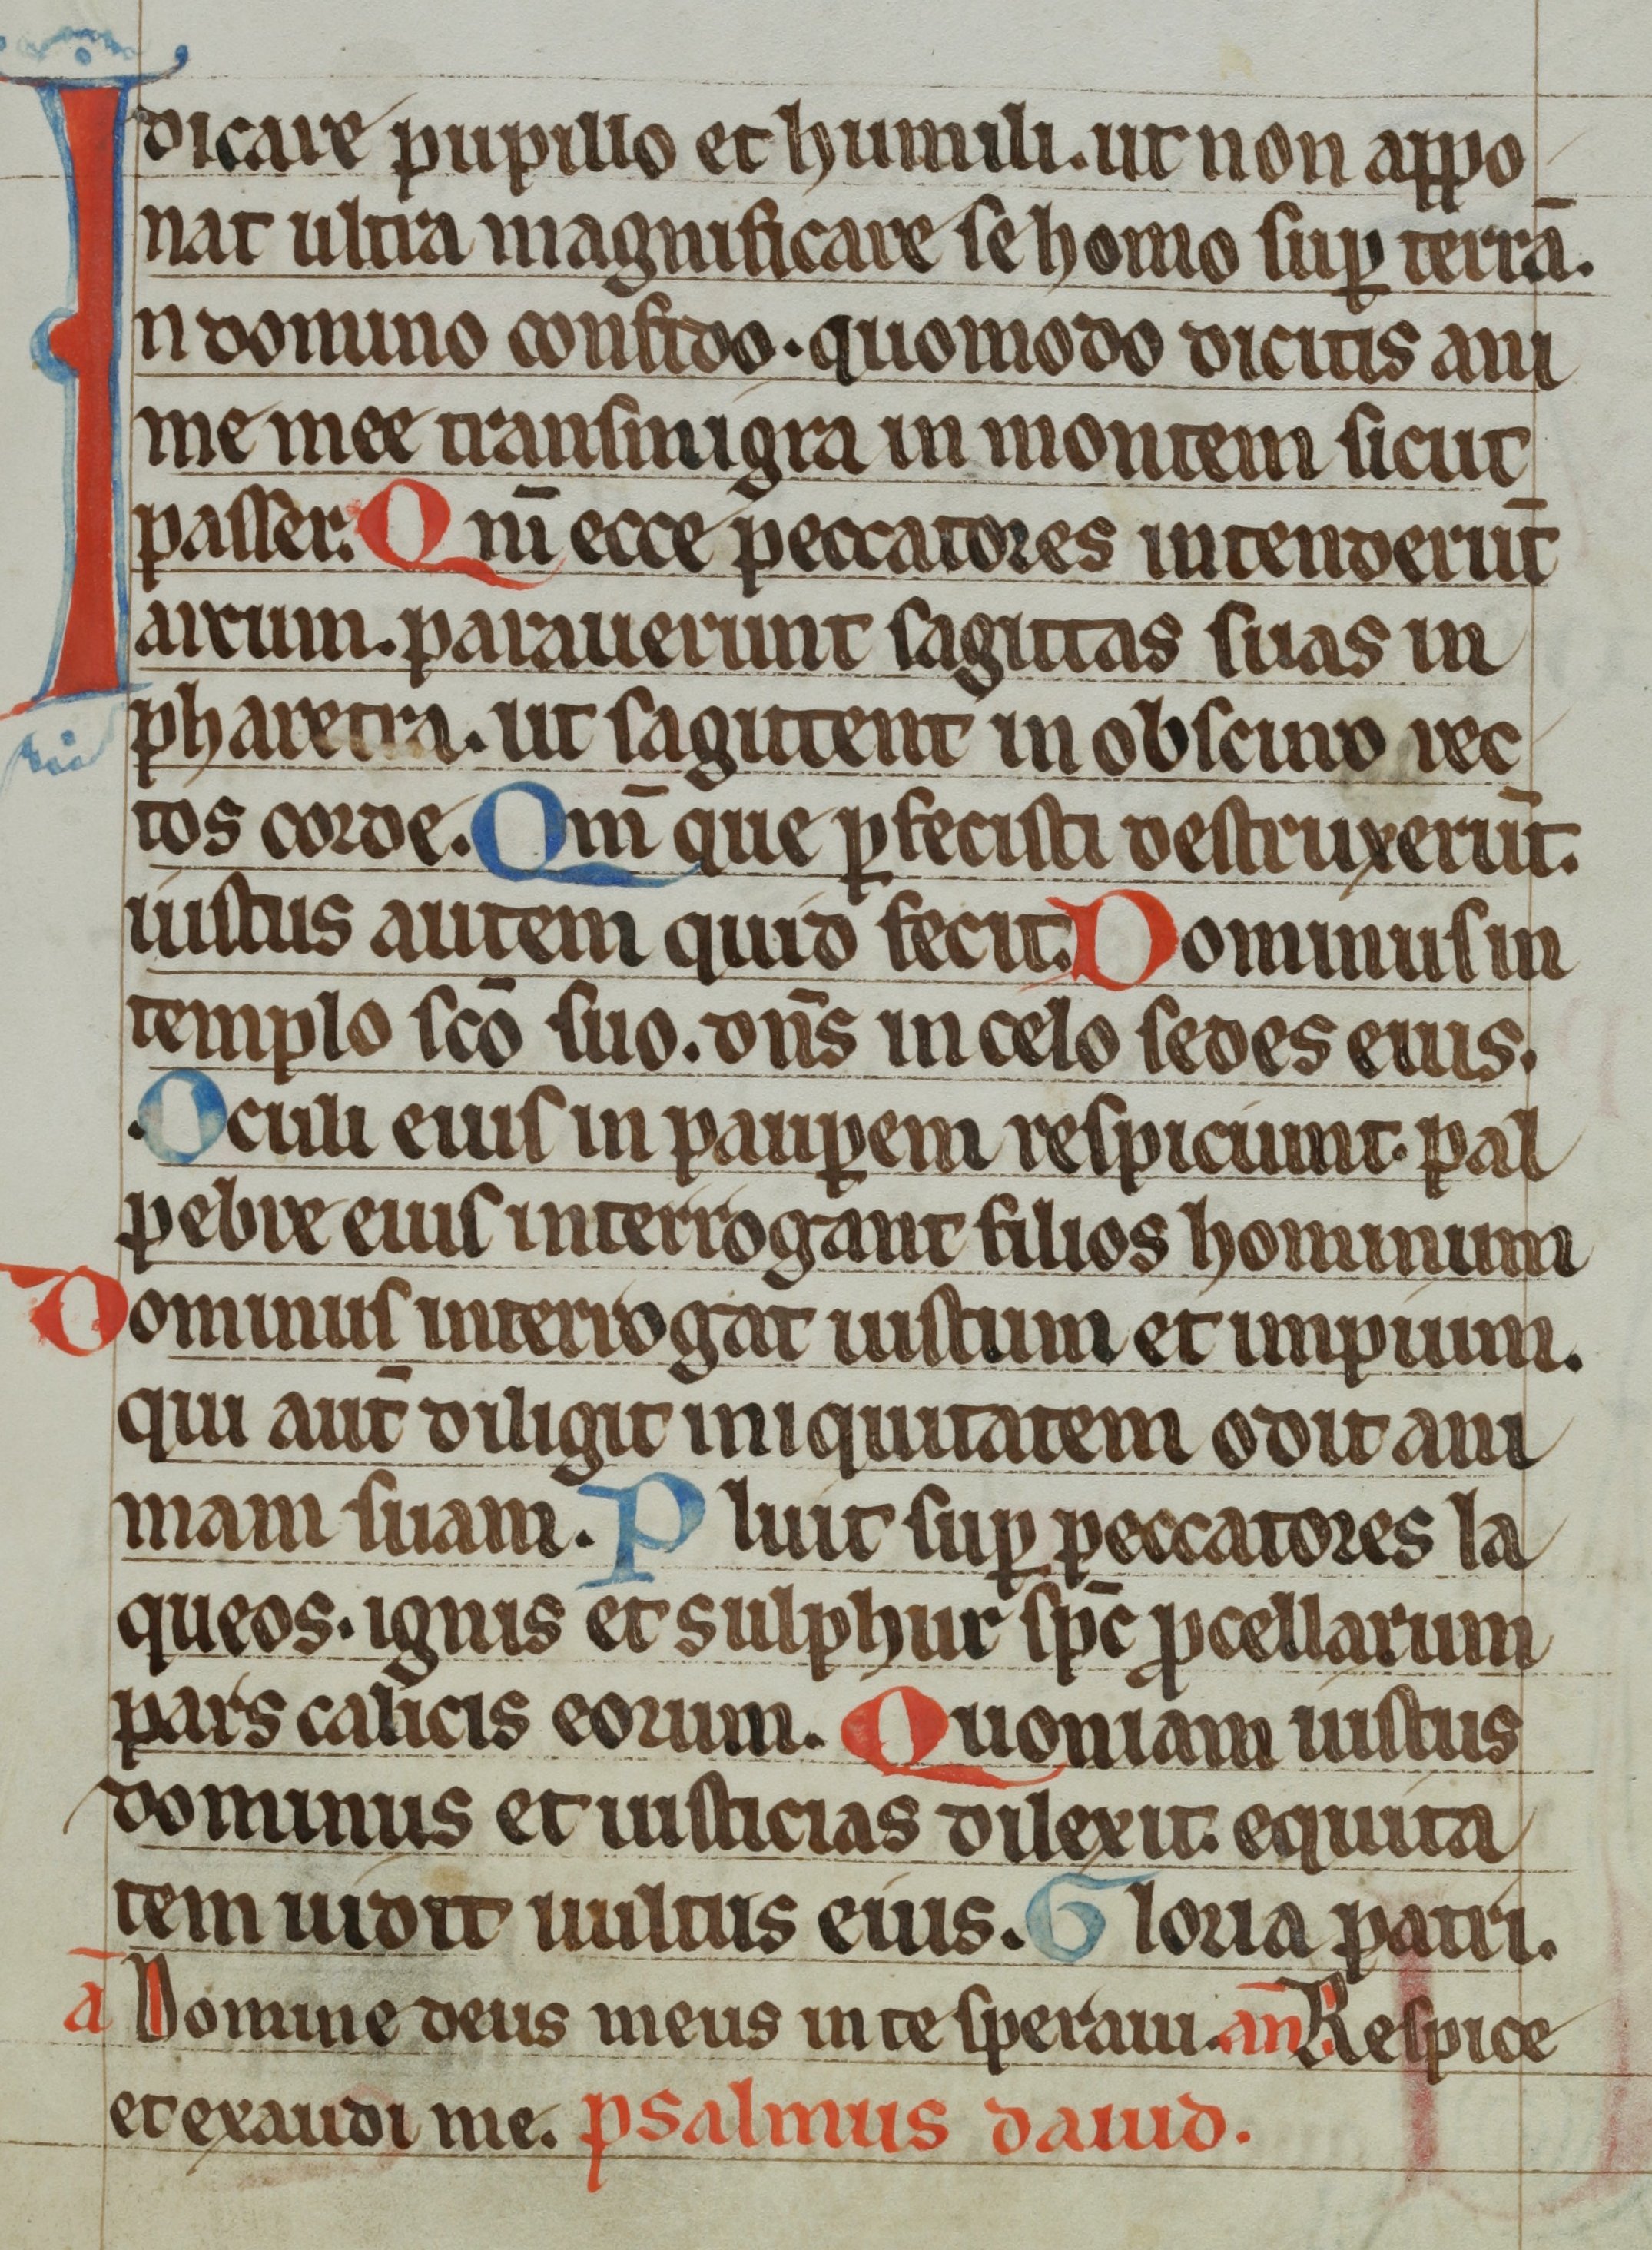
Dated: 1300–1399